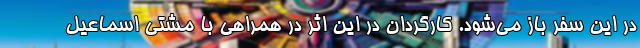
در این سفر باز می‌شود. کارگردان در این اثر در همراهی با مشتی اسماعیل